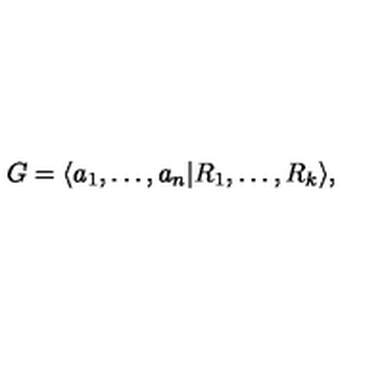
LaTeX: G = \langle a _ { 1 } , \ldots , a _ { n } | R _ { 1 } , \ldots , R _ { k } \rangle ,